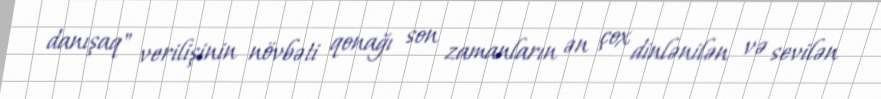
danışaq" verilişinin növbəti qonağı son zamanların ən çox dinlənilən və sevilən